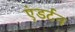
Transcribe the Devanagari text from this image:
एंडर्टन